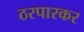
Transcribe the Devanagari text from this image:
ठरपारकर